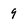
Character: 9